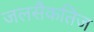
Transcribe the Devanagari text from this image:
जलसैकतिज